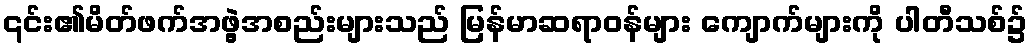
၎င်း၏မိတ်ဖက်အဖွဲ့အစည်းများသည် မြန်မာဆရာဝန်များ ကျောက်များကို ပါတီသစ်၌